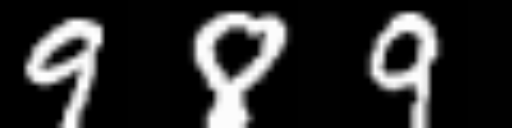
Text: 989